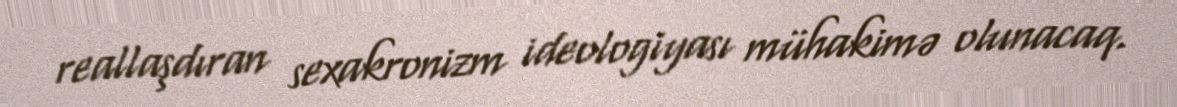
reallaşdıran sexakronizm ideologiyası mühakimə olunacaq.